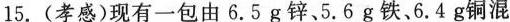
15.(孝感)现有一包由6.5g锌、5.6g铁、6.4g铜混